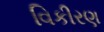
વિકીરણ